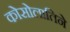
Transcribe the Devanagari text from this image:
कोसोलातिने